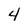
Character: 4